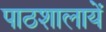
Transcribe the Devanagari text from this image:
पाठशालायें